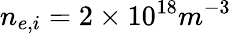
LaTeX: n_{e,i}=2\times 10^{18}m^{-3}